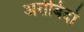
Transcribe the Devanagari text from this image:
अरोबिंदो